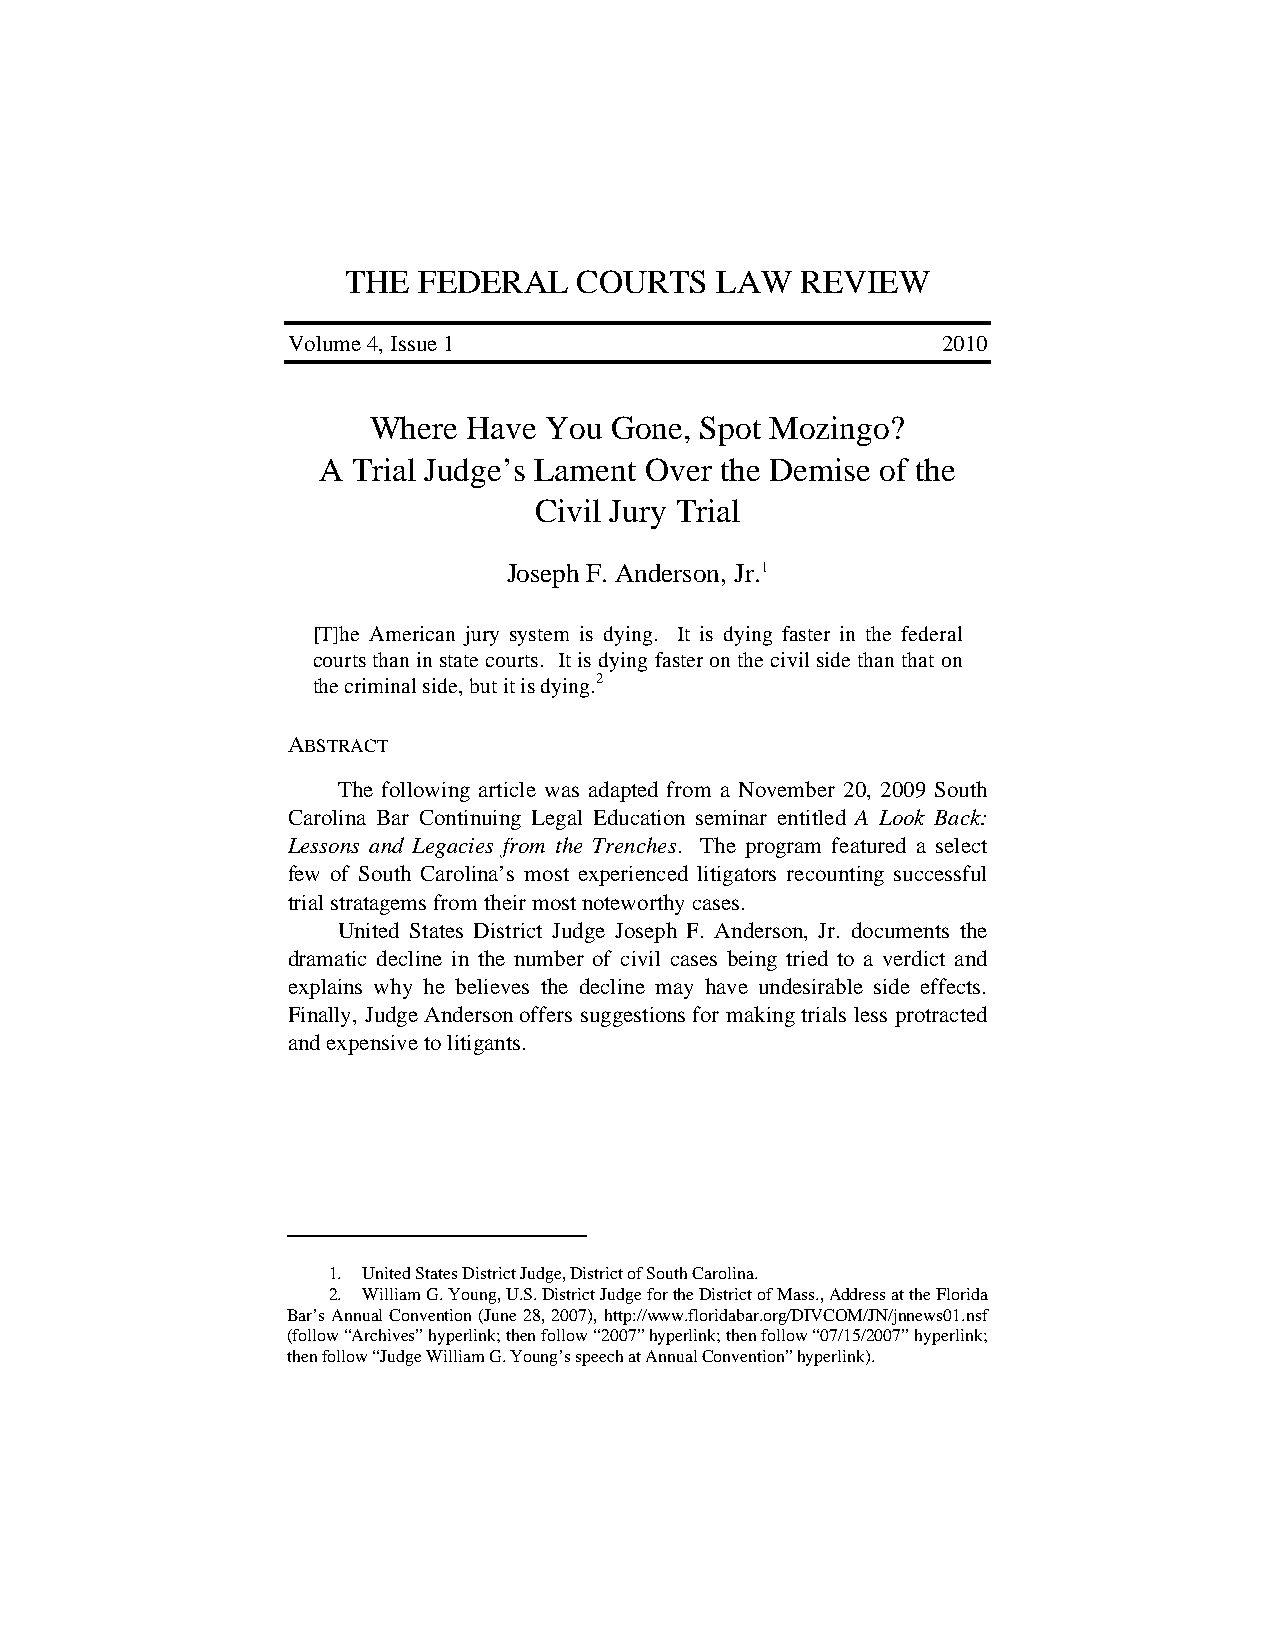
JUDGE ANDERSON ARTICLE - DRAFT 4.5 (FINAL) 5/13/2010 12:30:34 PM
 THE  FEDERAL   COURTS   LAW   REVIEW
 Volume 4, Issue 1                          2010
 Where  Have You Gone, Spot Mozingo?
 A Trial Judge’s Lament Over the Demise of the
 Civil Jury Trial
 Joseph F. Anderson, Jr.1
 [T]he American jury system is dying. It is dying faster in the federal
 courts than in state courts. It is dying faster on the civil side than that on
 the criminal side, but it is dying.2
 ABSTRACT
 The following article was adapted from a November 20, 2009 South
 Carolina Bar Continuing Legal Education seminar entitled A Look Back:
 Lessons and Legacies from the Trenches. The program featured a select
 few of South Carolina’s most experienced litigators recounting successful
 trial stratagems from their most noteworthy cases.
 United States District Judge Joseph F. Anderson, Jr. documents the
 dramatic decline in the number of civil cases being tried to a verdict and
 explains why he believes the decline may have undesirable side effects.
 Finally, Judge Anderson offers suggestions for making trials less protracted
 and expensive to litigants.
 1. United States District Judge, District of South Carolina.
 2. William G. Young, U.S. District Judge for the District of Mass., Address at the Florida
 Bar’s Annual Convention (June 28, 2007), http://www.floridabar.org/DIVCOM/JN/jnnews01.nsf
 (follow “Archives” hyperlink; then follow “2007” hyperlink; then follow “07/15/2007” hyperlink;
 then follow “Judge William G. Young’s speech at Annual Convention” hyperlink).